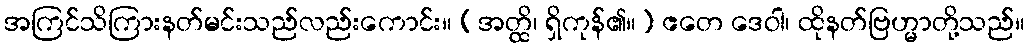
အကြင်သိကြားနတ်မင်းသည်လည်းကောင်း။ (အတ္ထိ၊ ရှိကုန်၏။) ဧတေ ဒေဝါ၊ ထိုနတ်ဗြဟ္မာတို့သည်။